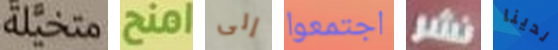
متخيلة امنح إلى اجتمعوا نشر لدينا